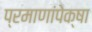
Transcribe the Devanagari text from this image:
प्रमाणांपेक्षा